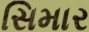
સિમાર